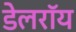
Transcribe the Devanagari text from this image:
डेलराॅय